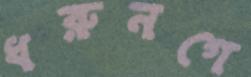
ধরুনগে